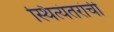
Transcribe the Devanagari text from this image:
स्थित्यंतरांची